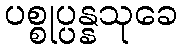
ပစ္စုပ္ပန္နသုခေ